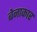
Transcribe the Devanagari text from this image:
बेनाकार